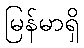
မြန်မာရှိ